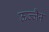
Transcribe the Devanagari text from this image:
ऊज्जैन